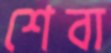
শেবা